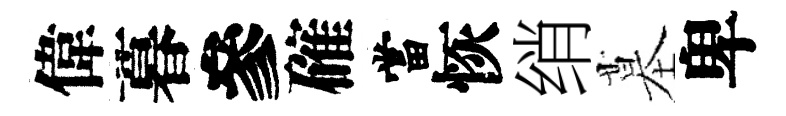
偉暮參確當恢绡墓卑